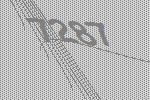
7287